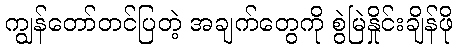
ကျွန်တော်တင်ပြတဲ့ အချက်တွေကို စွဲမြဲနှိုင်းချိန်ဖို